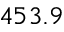
4 5 3 . 9